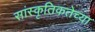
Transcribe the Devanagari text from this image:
सांस्कृतिकतेच्या